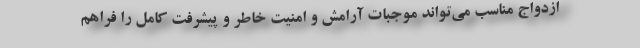
ازدواج مناسب می‌تواند موجبات آرامش و امنیت خاطر و پیشرفت کامل را فراهم